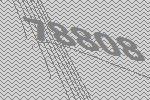
78808